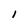
Character: 1